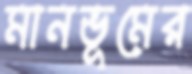
মানভূমের